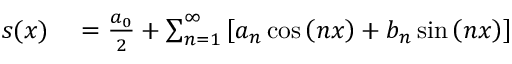
\begin{array} { r l } { s ( x ) } & { { } = { \frac { a _ { 0 } } { 2 } } + \sum _ { n = 1 } ^ { \infty } \left[ a _ { n } \cos \left( n x \right) + b _ { n } \sin \left( n x \right) \right] } \end{array}